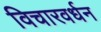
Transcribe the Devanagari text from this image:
विचारवर्धन